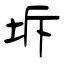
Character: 坼